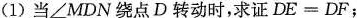
(1)当∠MDN绕点D转动时，求证$$D E = D F$$；